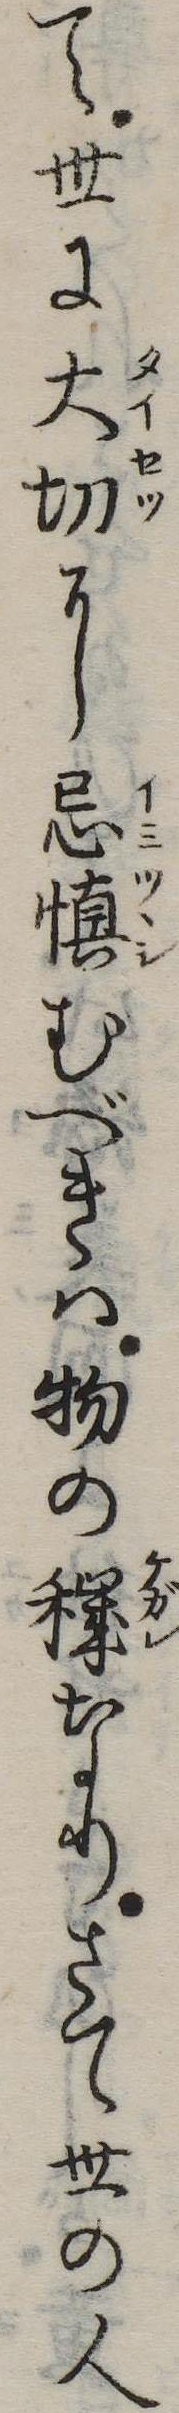
て世に大切に忌慎むべきは物の穢なりさて世の人